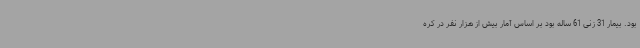
بود. بیمار 31 زنی 61 ساله بود بر اساس آمار بیش از هزار نفر در کره